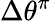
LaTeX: \Delta\theta^{\pi}